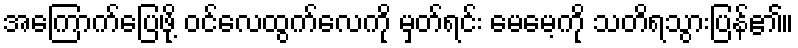
အကြောက်ပြေဖို့ ဝင်လေထွက်လေကို မှတ်ရင်း မေမေ့ကို သတိရသွားပြန်၏။